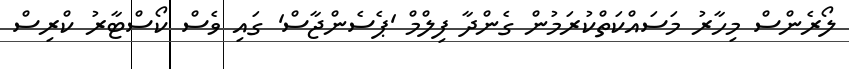
ލޯރެންސް މިހާރު މަސައްކަތްކުރަމުން ގެންދާ ފިލްމް 'ޕެސެންޖާސް' ގައި ވެސް ކޯސްޓާރު ކްރިސް